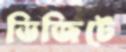
ডিজিটে